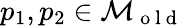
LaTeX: p_{1},p_{2}\in\mathcal{M}_{\mathrm{~o~l~d~}}